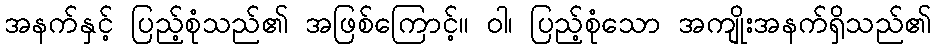
အနက်နှင့် ပြည့်စုံသည်၏ အဖြစ်ကြောင့်။ ဝါ၊ ပြည့်စုံသော အကျိုးအနက်ရှိသည်၏